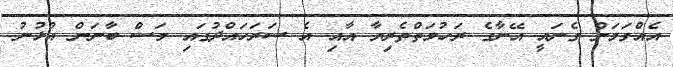
އެއްގަމަށް ގެނައީ އޭނާގެ ރަހުމަތްތެރިޔާ އާއި އެ ސަރަހައްދުގައި މަސް ބާނަން އުޅުނު